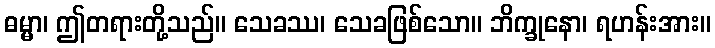
ဓမ္မာ၊ ဤတရားတို့သည်။ သေခဿ၊ သေခဖြစ်သော။ ဘိက္ခုနော၊ ရဟန်းအား။